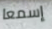
إسمعا